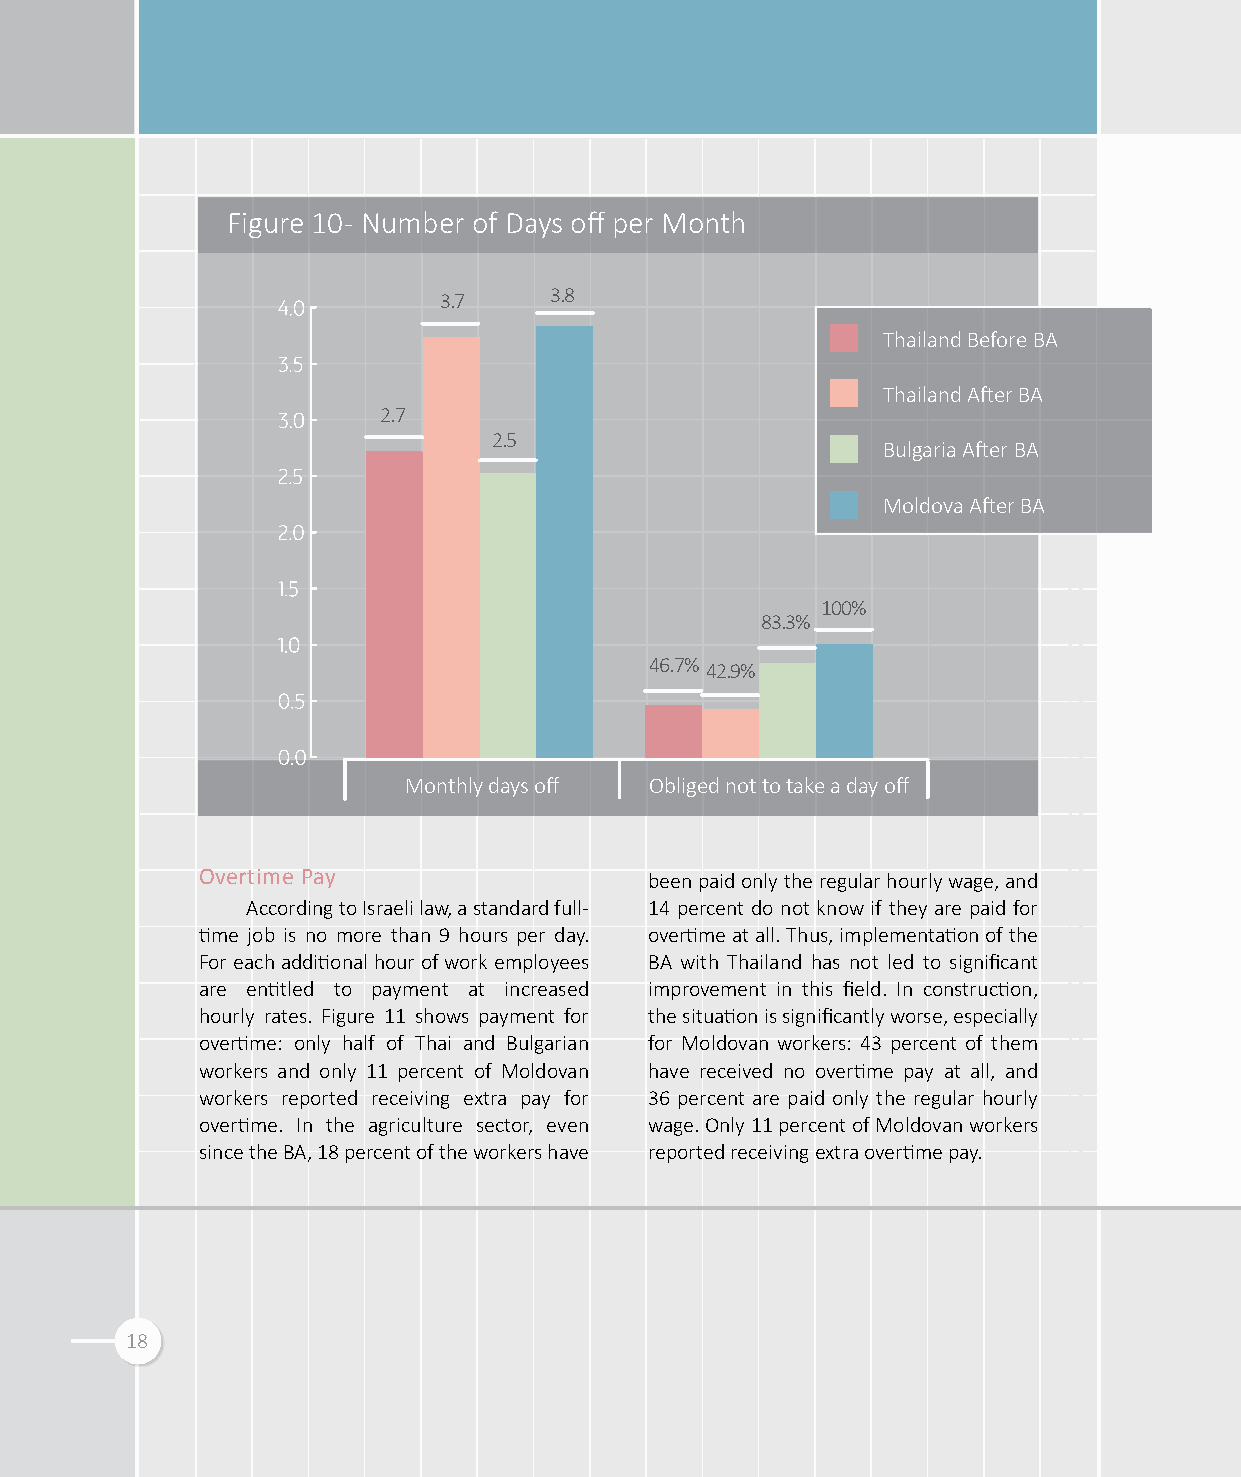
Figure 10 - Number of Days off per Month
 3.7    3.8
 Thailand Before BA
 Thailand After BA
 2.7
 2.5
 Bulgaria After BA
 Moldova After BA
 100%
 83.3%
 46.7% 42.9%
 Monthly days off Obliged not to take a day off
 Overtime Pay
 been paid only the regular hourly wage, and
 According to Israeli law, a standard full- 14 percent do not know if they are paid for
 time job is no more than 9 hours per day. overtime at all. Thus, implementation of the
 For each additional hour of work employees BA with Thailand has not led to significant
 are entitled to payment at increased improvement in this field. In construction,
 hourly rates. Figure 11 shows payment for the situation is significantly worse, especially
 overtime: only half of Thai and Bulgarian for Moldovan workers: 43 percent of them
 workers and only 11 percent of Moldovan have received no overtime pay at all, and
 workers reported receiving extra pay for 36 percent are paid only the regular hourly
 overtime. In the agriculture sector, even wage. Only 11 percent of Moldovan workers
 since the BA, 18 percent of the workers have reported receiving extra overtime pay.
 18